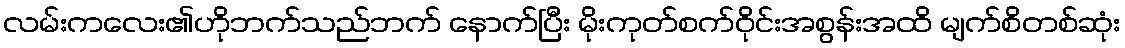
လမ်းကလေး၏ဟိုဘက်သည်ဘက် နောက်ပြီး မိုးကုတ်စက်ဝိုင်းအစွန်းအထိ မျက်စိတစ်ဆုံး